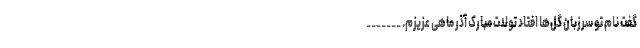
گفت نام تو سرزبان گل‌ها افتاد تولدت مبارک آذر ماهی عزیزم. _______